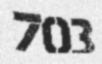
703